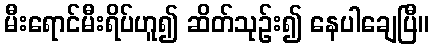
မီးရောင်မီးရိပ်ဟူ၍ ဆိတ်သုဉ်း၍ နေပါချေပြီ။